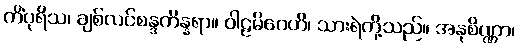
ကိံပုရိသ၊ ချစ်လင်စန္ဒကိန္နရာ။ ဝါဠမိဂေဟိ၊ သားရဲတို့သည်။ အနုစိဏ္ဏာ၊